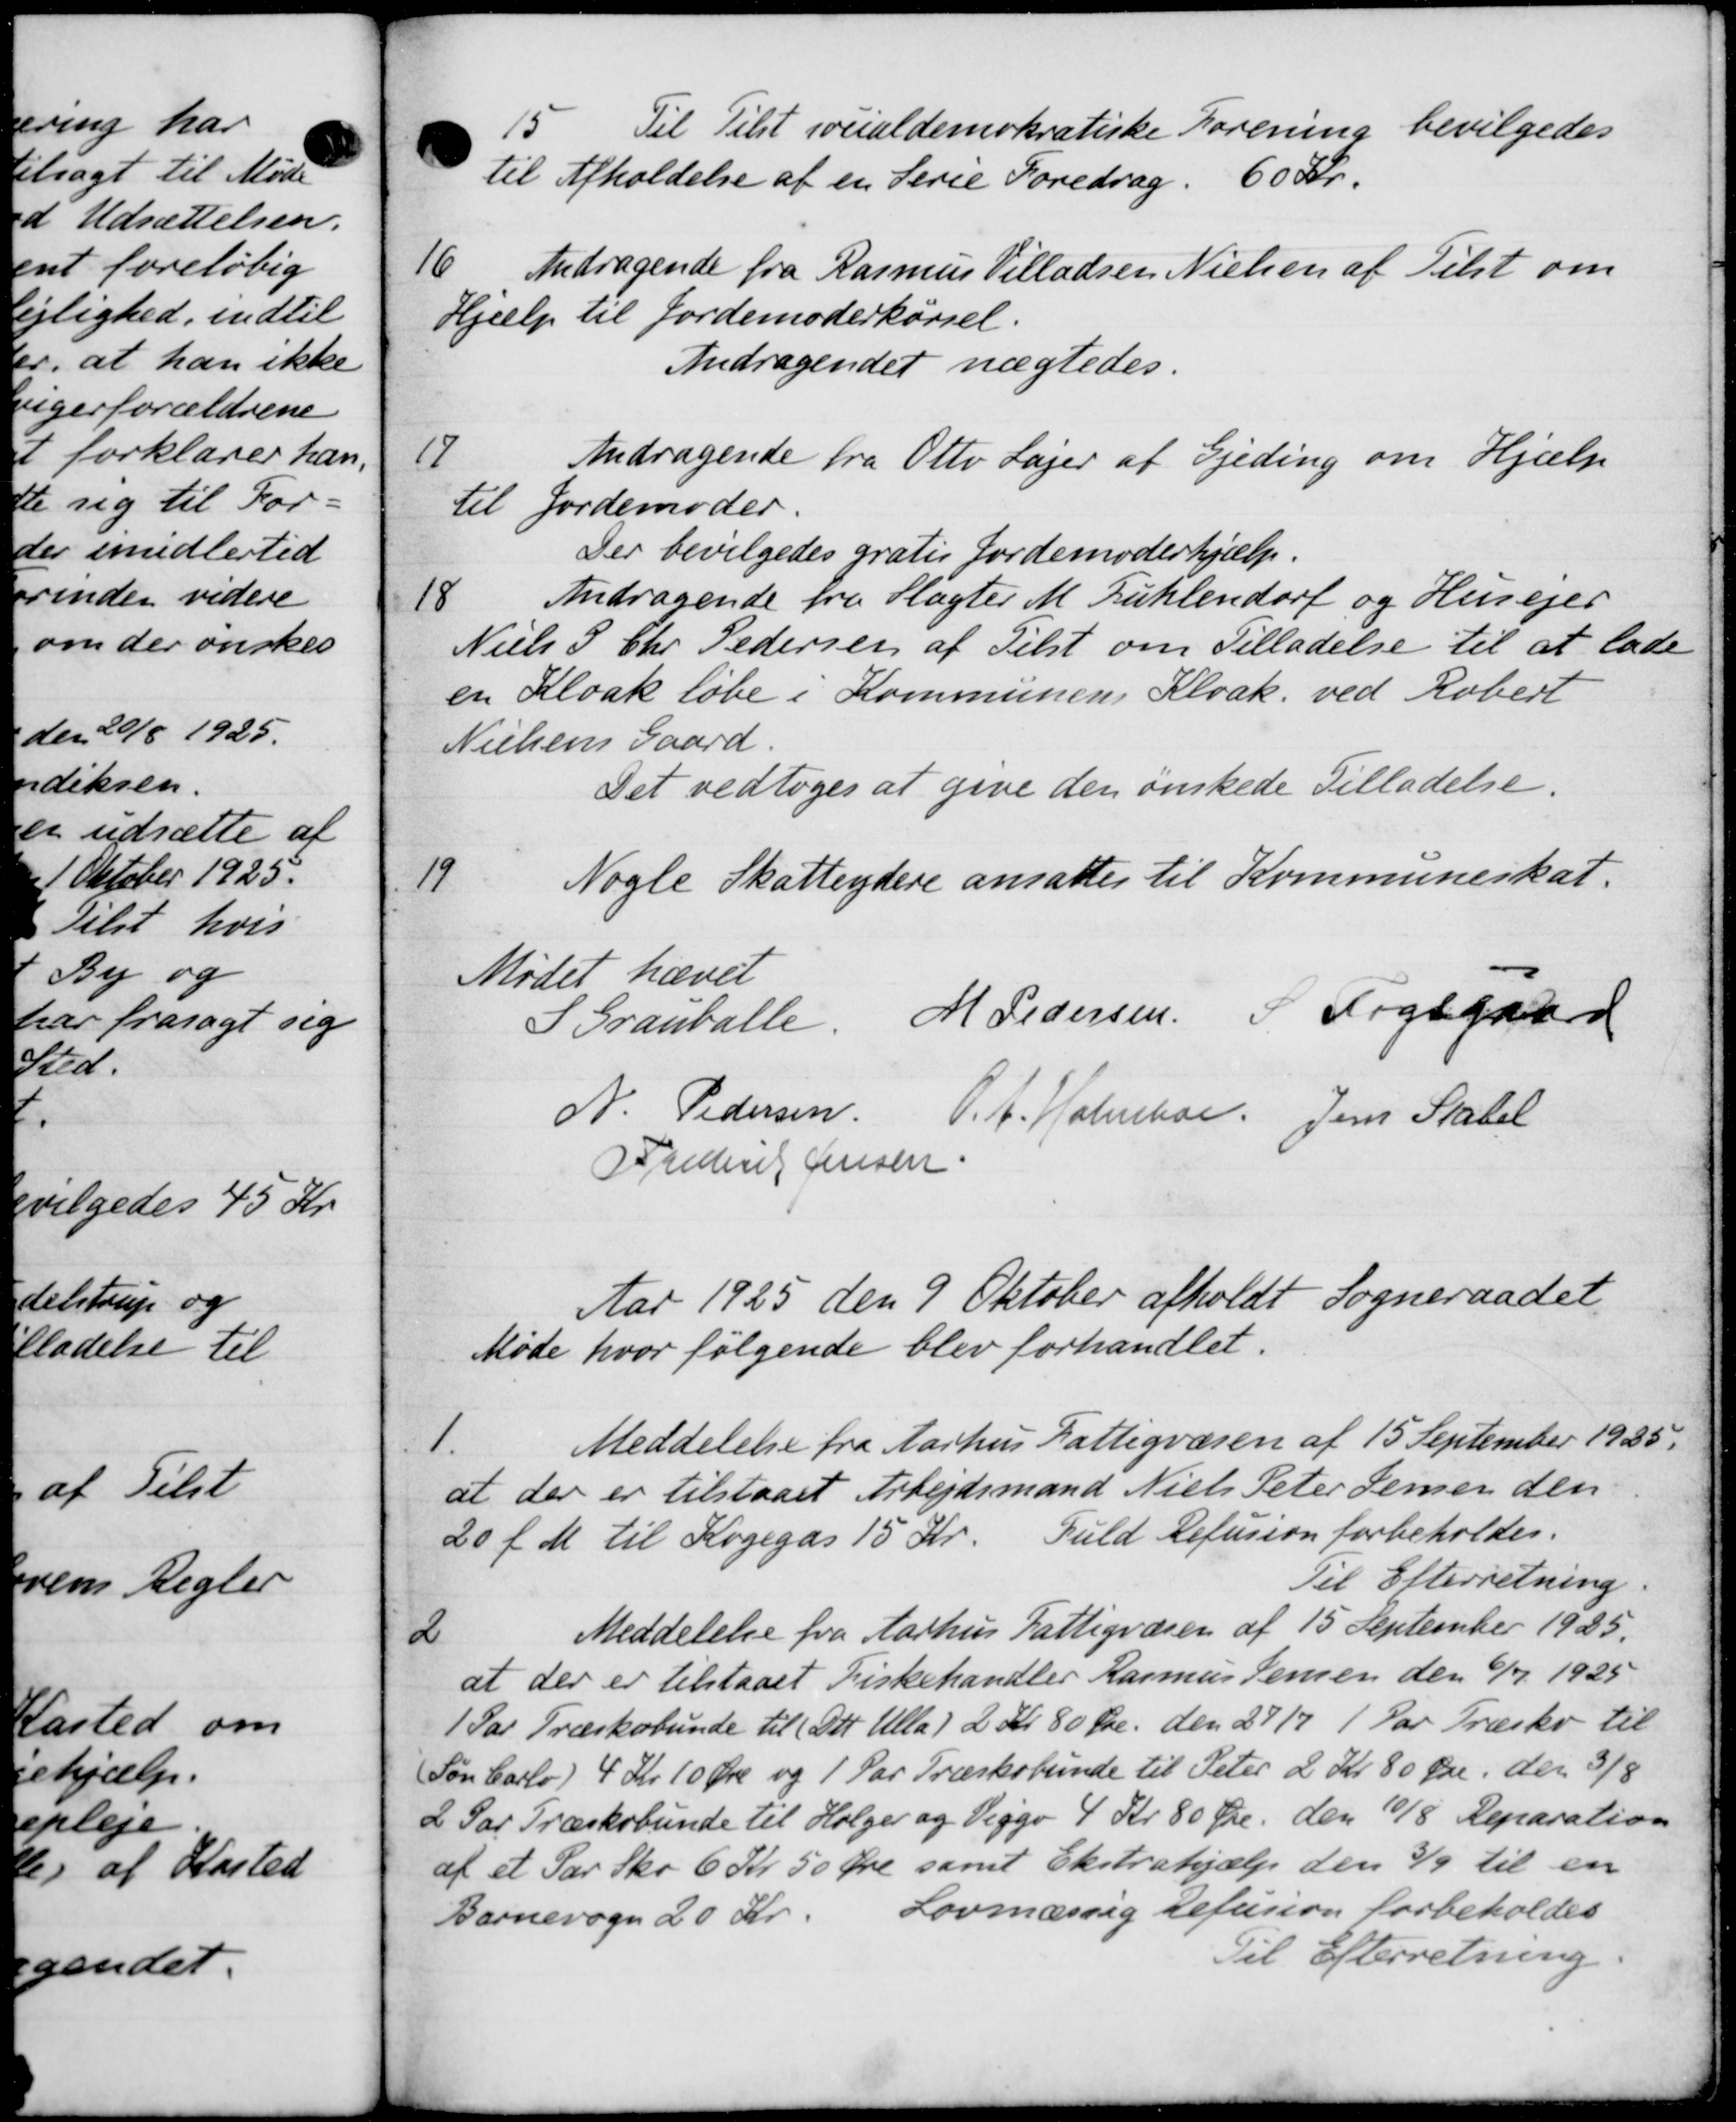
Transskription:
15
Til Tilst socialdemokratiske Forening bevilgedes
til Afholdelse af en Perie Foredrag. 60 Kr.
16. Andragende fra Rasmus Villadsen Nielsen af Tilst om
Hjælp til Jordemoderkørsel.
Andragendet nægtedes.
17
Andragende fra Otto Lager af Gjeding om Hjælp
til Jordemoder.
Der bevilgedes gratis Jordemoderhjælp.
18
Andragende fra Slagter M. Fuhlendorf og Husejer
Niels P. Chr. Pedersen af Tilst om Tilladelse til at lade
en Kloak løbe i Kommunens Kloak. ved Robert
Nielsens Gaard.
Det vedtoges at give den ønskede Tilladelse.
19
Nogle Skatteydere ansattes til Kommuneskat.
Mødet hævet
S Grauballe. M Pedersen P Fogsgaard
N. Pedersen.
O.A. Holmber Jens Statel
J Frederik Jensen
Aar 1925 den 9 Oktober afholdt Sogneraadet
Møde hvor følgende blev forhandlet.
1
Meddelelse fra Aarhus Fattigvæsen af 15 September 1935.
at der er tilstaaet Arbejdsmand Niels Peter Jensen den
20 f. M. til Kogegas 15 Kr. Fuld Refusion forbeholdes.
Til Efterretning.
2
Meddelelse fra Aarhus Fattigvæsen af 15 September 1925.
at der er tilstaaet Fiskehandler Rasmus Jensen den 6/7 1925
1 Par Træskobunde til Det Ulla) 2 Kr. 80 Øre den 29/7 1 Par Træsko til
Søn Carlo) 4 Kr. 10 Øre og 1 Par Træskobunde til Peter 2 Kr. 80 Øre, der 3/8
2 Par Træskobunde til Holger og Viggo 4 Kr. 80 Øre. den 10/8 Reparation
af et Par Sko 6 Kr 50 Øre samt Ekstrahjælp den 3/9 til en
Barnevogn 20 Kr.
Lovmæssig Refusion forbeholdes
Til Efterretning